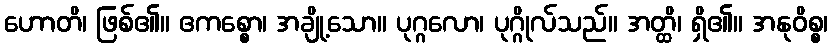
ဟောတိ၊ ဖြစ်၏။ ဧကစ္စော၊ အချို့သော။ ပုဂ္ဂလော၊ ပုဂ္ဂိုလ်သည်။ အတ္ထိ၊ ရှိ၏။ အနုဝိစ္စ၊